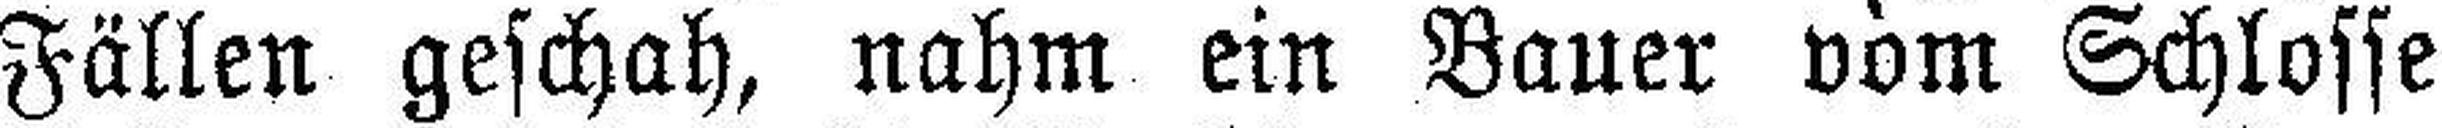
Fällen geschah, nahm ein Bauer vom Schlosse